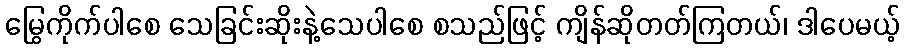
မြွေကိုက်ပါစေ သေခြင်းဆိုးနဲ့သေပါစေ စသည်ဖြင့် ကျိန်ဆိုတတ်ကြတယ်၊ ဒါပေမယ့်